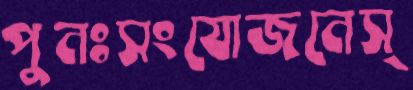
পুনঃসংযোজনেস্